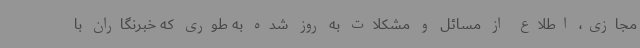
مجازی، اطلاع از مسائل و مشکلات به روز شده به طوری که خبرنگاران با